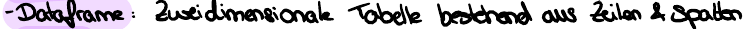
- Dataframe: Zweidimensionale Tabelle bestehend aus Zeilen & Spalten